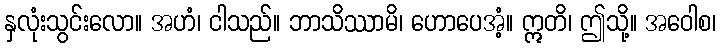
နှလုံးသွင်းလော။ အဟံ၊ ငါသည်။ ဘာသိဿာမိ၊ ဟောပေအံ့။ ဣတိ၊ ဤသို့။ အဝေါစ၊